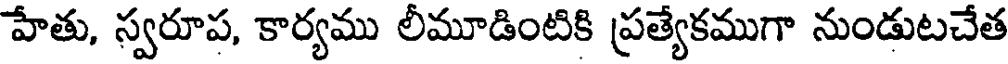
హేతు, స్వరూప, కార్యము లీమూడింటికి ప్రత్యేకముగా నుండుటచేత